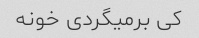
کی برمیگردی خونه